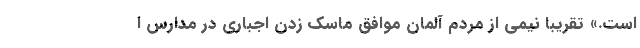
است.» تقریباً نیمی از مردم آلمان موافق ماسک زدن اجباری در مدارس ا